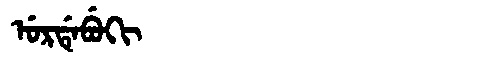
Manchu: ᡠᡵᡩᡝᠪᡠᡴᡳ
Romanization: URDEBUKI